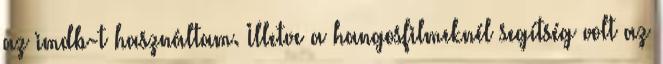
az imdb-t használtam. Illetve a hangosfilmeknél segítség volt az